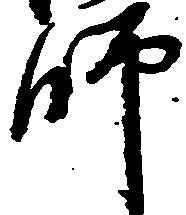
師